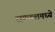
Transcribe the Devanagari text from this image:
रायफलमध्ये